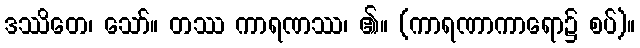
ဒဿိတေ၊ သော်။ တဿ ကာရဏဿ၊ ၏။ (ကာရဏာကာရော၌ စပ်)။